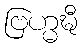
ဗြဟ္မဍ္ဎီ